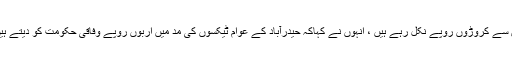
پیپلزپارٹی کے وزراء کے پی اے اور سیکریٹریوں کے گھروں سے کروڑوں روپے نکل رہے ہیں ، انہوں نے کہاکہ حیدرآباد کے عوام ٹیکسوں کی مد میں اربوں روپے وفاقی حکومت کو دیتے ہیں جس کے جواب میں برائے نام حیدرآباد پر خرچ کیا جاتا ہے۔